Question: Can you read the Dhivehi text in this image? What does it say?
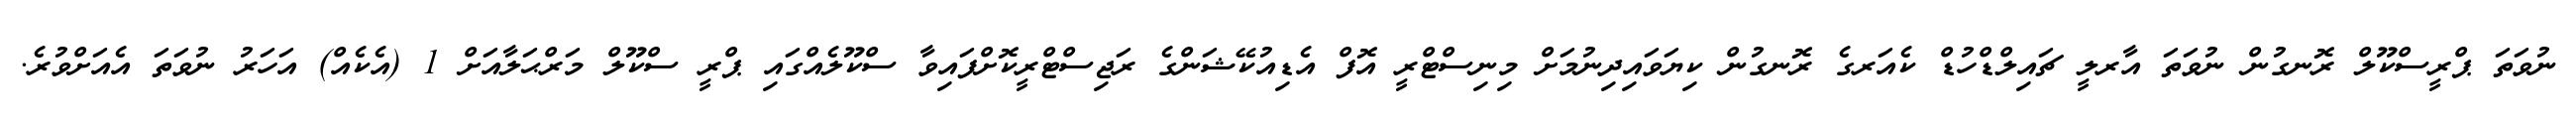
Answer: ނުވަތަ ޕްރީސްކޫލް ރޮނގުން ނުވަތަ އާރލީ ޗައިލްޑްހުޑް ކެއަރގެ ރޮނގުން ކިޔަވައިދިނުމަށް މިނިސްޓްރީ އޮފް އެޑިއުކޭޝަންގެ ރަޖިސްޓްރީކޮށްފައިވާ ސްކޫލެއްގައި ޕްރީ ސްކޫލް މަރްޙަލާއަށް 1 (އެކެއް) އަހަރު ނުވަތަ އެއަށްވުރެ.